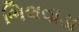
ભિલવાડા